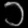
Digit: ၁